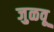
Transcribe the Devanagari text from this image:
जुळवू